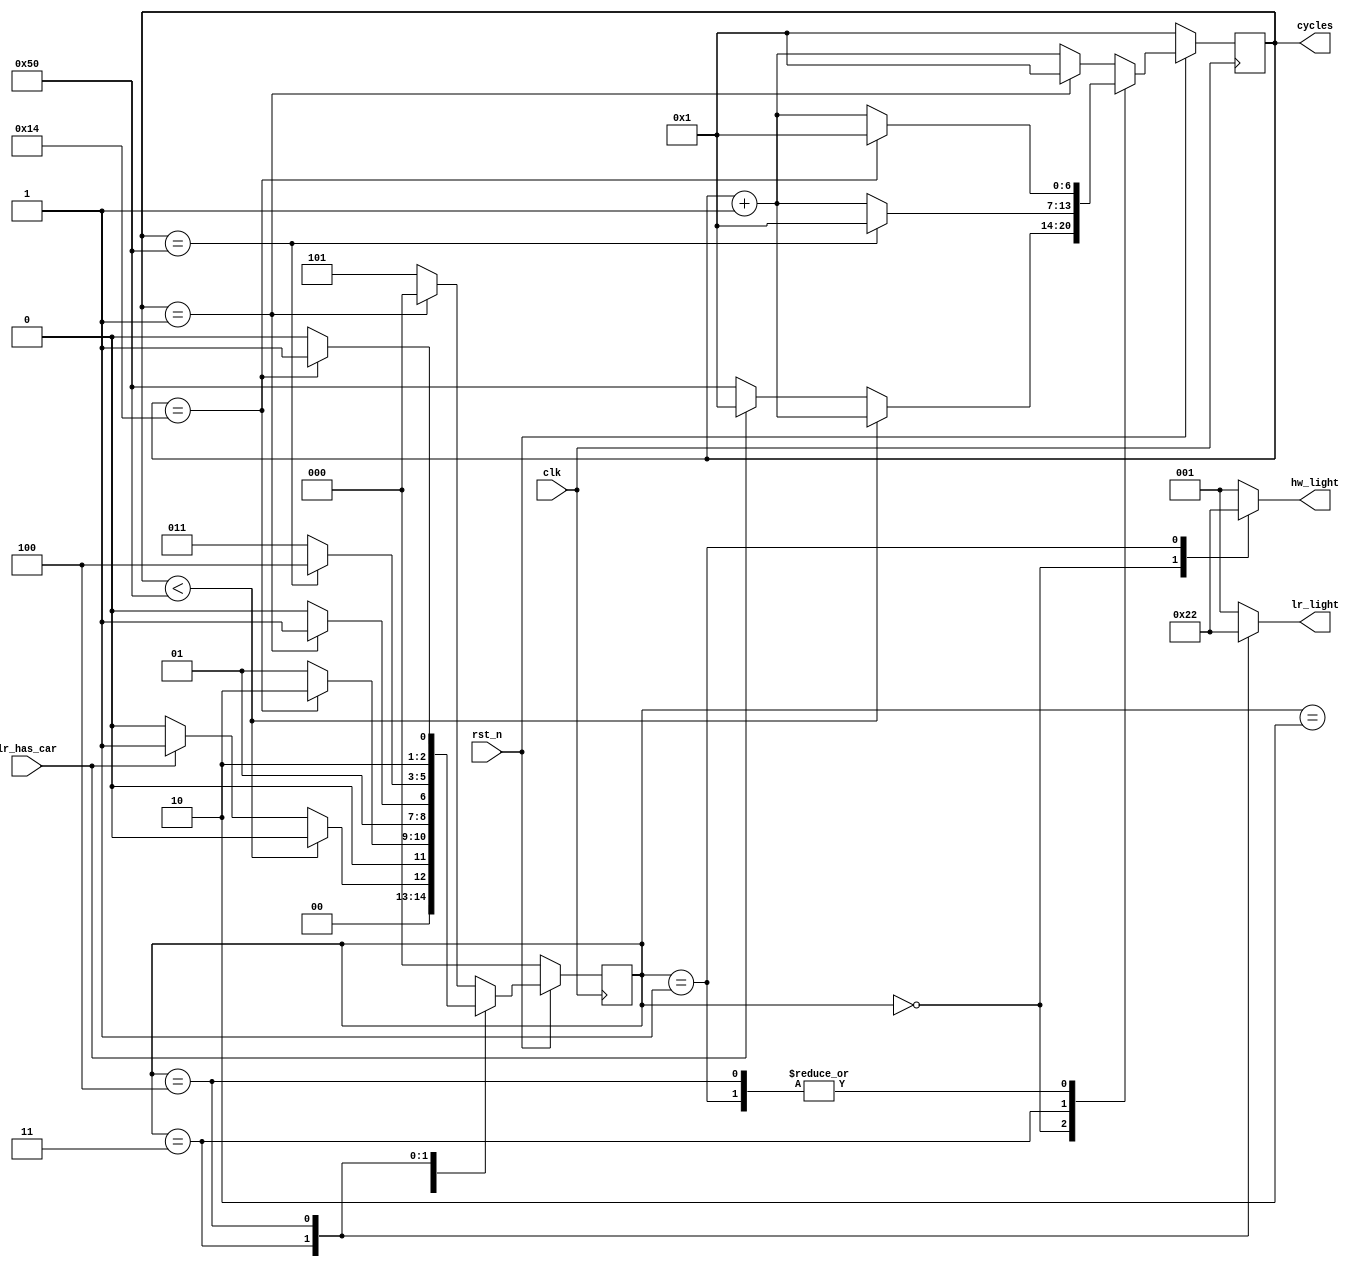
`timescale 1ns/1ps

module Traffic_Light_Controller (clk, rst_n, lr_has_car, hw_light, lr_light, cycles);
input clk, rst_n;
input lr_has_car;
output [2:0] hw_light;
output [2:0] lr_light;
output [6:0] cycles;

//light[0]:Red light[1]:Yellow light[2]:Green
reg [2:0] hw_light, lr_light;
reg [2:0] state, next_state;

reg [6:0] cycles, next_cycles;
wire is_80_cycles;

parameter HW_G = 3'd0;//lr:r
parameter HW_Y = 3'd1;//lr:r
parameter HW_R = 3'd2;//lr:r
parameter LR_G = 3'd3;//hw:r
parameter LR_Y = 3'd4;//hw:r
parameter LR_R = 3'd5;//hw:r

parameter RED = 3'b001;
parameter YELLOW = 3'b010;
parameter GREEN = 3'b100;

always @(posedge clk) begin
    if(rst_n == 1'b0) begin
        state <= HW_G;
        cycles <= 7'd1;
    end
    else begin
        state <= next_state;
        cycles <= next_cycles;
    end
end


always @(*) begin
    case(state)
        HW_G:begin
            hw_light = GREEN;
            lr_light = RED;
            if(cycles < 7'd80) begin
                next_cycles = cycles + 7'd1;
                next_state = HW_G;
            end
            else begin
                if(lr_has_car == 1'b0) begin
                    next_cycles = 7'd80;
                    next_state = HW_G;
                end
                else begin
                    next_cycles = 7'd1;
                    next_state = HW_Y;
                end
            end
        end
        HW_Y:begin
            hw_light = YELLOW;
            lr_light = RED;
            if(cycles == 7'd20) begin
                next_state = HW_R;
                next_cycles = 7'd1;
            end
            else begin
                next_state = HW_Y;
                next_cycles = cycles + 1;
            end
        end
        HW_R:begin
            hw_light = RED;
            lr_light = RED;
            if(cycles == 7'd1) begin
                next_state = LR_G;
                next_cycles = 7'd1;
            end
            else begin
                next_state = HW_R;
                next_cycles = cycles + 1;
            end
        end
        LR_G:begin
            hw_light = RED;
            lr_light = GREEN;
            if(cycles == 7'd80) begin
                next_state = LR_Y;
                next_cycles = 7'd1;
            end
            else begin
                next_state = LR_G;
                next_cycles = cycles + 1;
            end
        end
        LR_Y:begin
            hw_light = RED;
            lr_light = YELLOW;
            if(cycles == 7'd20) begin
                next_state = LR_R;
                next_cycles = 7'd1;
            end
            else begin
                next_state = LR_Y;
                next_cycles = cycles + 1;
            end
        end
        default:begin //LR_R
            hw_light = RED;
            lr_light = RED;
            if(cycles == 7'd1) begin
                next_state = HW_G;
                next_cycles = 7'd1;
            end
            else begin
                next_state = LR_R;
                next_cycles = cycles + 1;
            end
        end
    endcase
end

endmodule